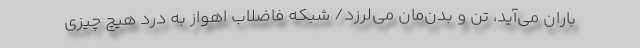
باران می‌آید، تن و بدن‌مان می‌لرزد/ شبکه فاضلاب اهواز به درد هیچ چیزی